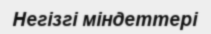
Негізгі міндеттері